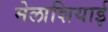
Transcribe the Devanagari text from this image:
मेलाशियाई